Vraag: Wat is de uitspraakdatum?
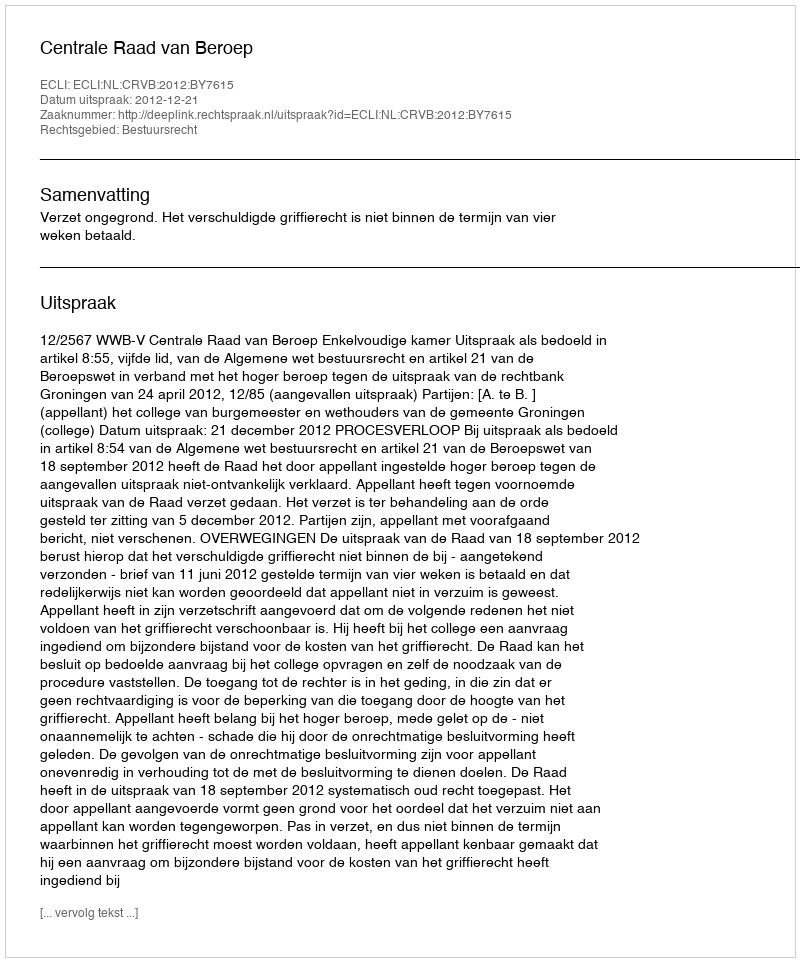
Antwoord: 2012-12-21